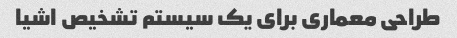
طراحی معماری برای یک سیستم تشخیص اشیا